Regulations for the medical services of the Army of India
Year: 1930
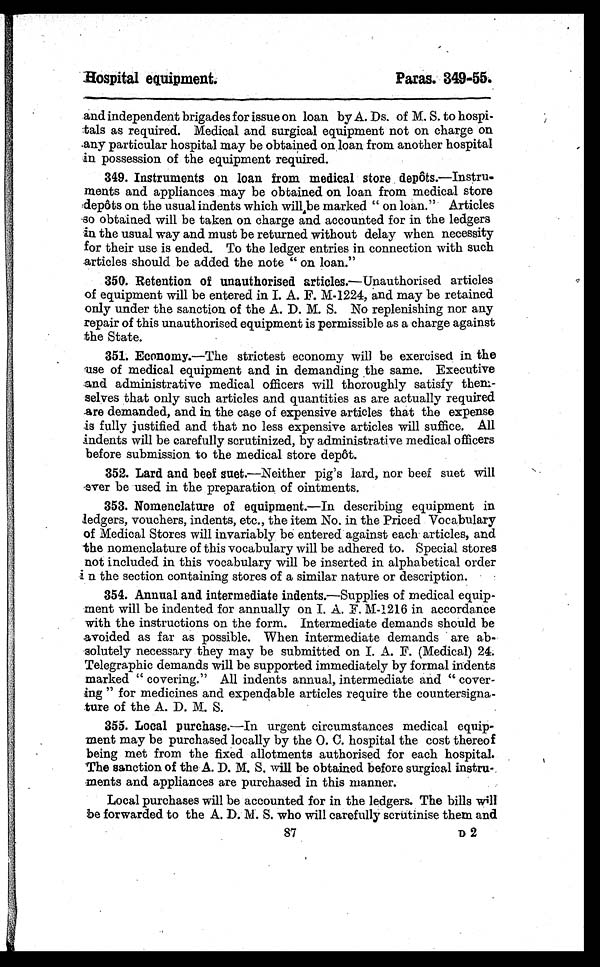
Hospital equipment.
Paras. 349-55.
and independent brigades for issue on loan by A. Ds. of M. S. to hospi-
tals as required. Medical and surgical equipment not on charge on
.any particular hospital may be obtained on loan from another hospital
in possession of the equipment required.
349. Instruments on loan from medical store depots.—Instru-
ments and appliances may be obtained on loan from medical store
depots on the usual indents which will be marked " on loan." Articles
so obtained will be taken on charge and accounted for in the ledgers
an the usual way and must be returned without delay when necessity
for their use is ended. To the ledger entries in connection with such
articles should be added the note " on loan."
350. Retention of unauthorised articles.—Unauthorised articles
of equipment will be entered in I. A. F. M-1224, and may be retained
only under the sanction of the A. D. M. S. No replenishing nor any
repair of this unauthorised equipment is permissible as a charge against
the State.
35L Economy.—The strictest economy will be exercised in the
use of medical equipment and in demanding the same. Executive
and administrative medical officers will thoroughly satisfy them-
selves that only such articles and quantities as are actually required
are demanded, and in the case of expensive articles that the expense
is fully justified and that no less expensive articles will suffice. All
indents will be carefully scrutinized, by administrative medical officers
before submission to the medical store depot.
352. Lard and beef suet.—Neither pig's lard, nor beef suet will
ever be used in the preparation of ointments.
353. Nomenclature of equipment.—In describing equipment in
ledgers, vouchers, indents, etc., the item No. in the Priced Vocabulary
of Medical Stores will invariably be entered against each articles, and
the nomenclature of this vocabulary will be adhered to. Special stores
not included in this vocabulary will be inserted in alphabetical order
n the section containing stores of a similar nature or description.
354. Annual and intermediate indents.—Supplies of medical equip-
ment will be indented for annually on I. A. F. M-1216 in accordance
with the instructions on the form. Intermediate demands should be
avoided as far as possible. When intermediate demands are ab-
solutely necessary they may be submitted on I. A. F. (Medical) 24.
Telegraphic demands will be supported immediately by formal indents
marked " covering." All indents annual, intermediate and " cover-
ing " for medicines and expendable articles require the countersigna-
ture of the A. D. M. S.
355. Local purchase.—In urgent circumstances medical equip-
ment may be purchased locally by the 0. C. hospital the cost thereof
being met from the fixed allotments authorised for each hospital.
The sanction of the A. D. M. S. will be obtained before surgical
instru-ments and appliances are purchased in this manner.
Local purchases will be accounted for in the ledgers. The bills will
be forwarded to the A. D. ]d. S. who will carefully scrutinise them and
87
D 2